Indian journal of veterinary science and animal husbandry - Volume 5,
Year: 1935
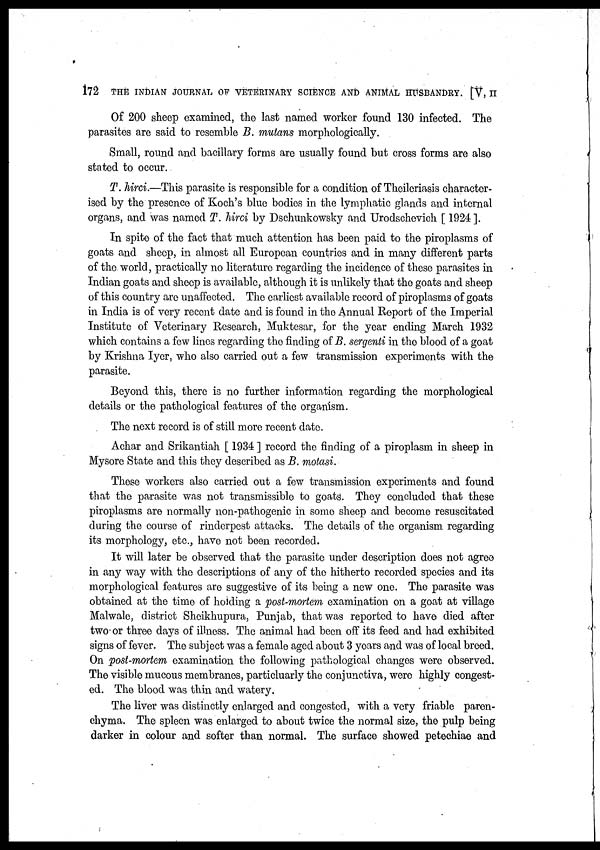
172 THE INDIAN JOURNAL OF VETERINARY SCIENCE AND ANIMAL HUSBANDRY. [V, II
Of 200 sheep examined, the last named worker found 130 infected. The
parasites are said to resemble B. mutans morphologically.
Small, round and bacillary forms are usually found but cross forms are also
stated to occur.
T. hirci.—This parasite is responsible for a condition of Theileriasis character-
ised by the presence of Koch's blue bodies in the lymphatic glands and internal
organs, and was named T. hirci by Dschunkowsky and Urodschevich [ 1924 ].
In spite of the fact that much attention has been paid to the piroplasms of
goats and sheep, in almost all European countries and in many different parts
of the world, practically no literature regarding the incidence of these parasites in
Indian goats and sheep is available, although it is unlikely that the goats and sheep
of this country are unaffected. The earliest available record of piroplasms of goats
in India is of very recent date and is found in the Annual Report of the Imperial
Institute of Veterinary Research, Muktesar, for the year ending March 1932
which contains a few lines regarding the finding of B. sergenti in the blood of a goat
by Krishna Iyer, who also carried out a few transmission experiments with the
parasite.
Beyond this, there is no further information regarding the morphological
details or the pathological features of the organism.
The next record is of still more recent date.
Achar and Srikantiah [ 1934 ] record the finding of a piroplasm in sheep in
Mysore State and this they described as B. motasi.
These workers also carried out a few transmission experiments and found
that the parasite was not transmissible to goats. They concluded that these
piroplasms are normally non-pathogenic in some sheep and become resuscitated
during the course of rinderpest attacks. The details of the organism regarding
its morphology, etc., have not been recorded.
It will later be observed that the parasite under description does not agree
in any way with the descriptions of any of the hitherto recorded species and its
morphological features are suggestive of its being a new one. The parasite was
obtained at the time of holding a post-mortem examination on a goat at village
Malwale, district Sheikhupura, Punjab, that was reported to have died after
two or three days of illness. The animal had been off its feed and had exhibited
signs of fever. The subject was a female aged about 3 years and was of local breed.
On post-mortem examination the following pathological changes were observed.
The visible mucous membranes, particularly the conjunctiva, were highly congest-
ed. The blood was thin and watery.
The liver was distinctly enlarged and congested, with a very friable paren-
chyma. The spleen was enlarged to about twice the normal size, the pulp being
darker in colour and softer than normal. The surface showed petechiae and